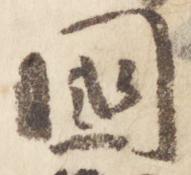
国